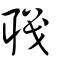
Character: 職